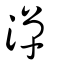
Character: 潬